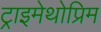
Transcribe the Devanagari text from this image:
ट्राइमेथोप्रिम